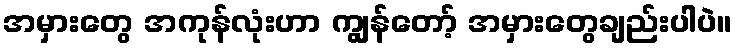
အမှားတွေ အကုန်လုံးဟာ ကျွန်တော့် အမှားတွေချည်းပါပဲ။